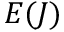
E ( J )